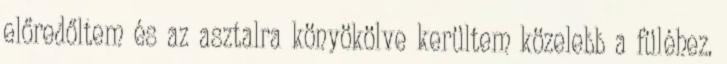
előredőltem és az asztalra könyökölve kerültem közelebb a füléhez.